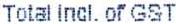
TOTAL INCL.OF GST